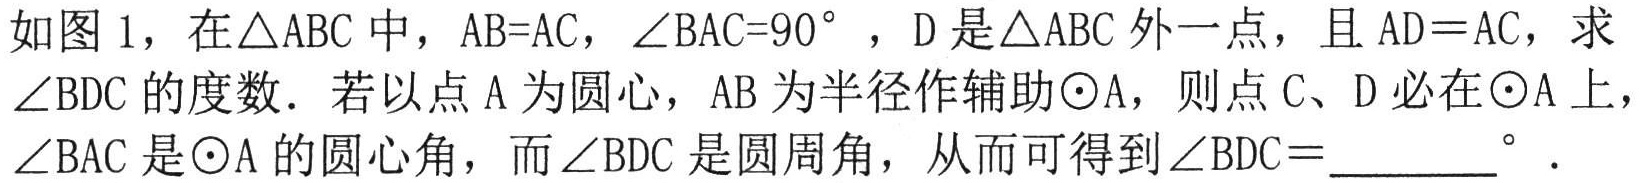
如图1，在$\triangle ABC$中，$AB = AC$，$\angle BAC = 90^{\circ}$，$D$是$\triangle ABC$外一点，且$AD = AC$，求
$\angle BDC$的度数．若以点$A$为圆心，$AB$为半径作辅助$\odot A$，则点$C、D$必在$\odot A$上，
$\angle BAC$是$\odot A$的圆心角，而$\angle BDC$是圆周角，从而可得到$\angle BDC=$________$^{\circ}$．